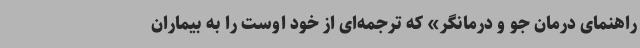
راهنمای درمان جو و درمانگر» که ترجمه‌ای از خود اوست را به بیماران